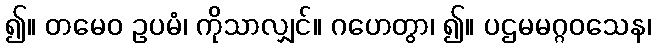
၍။ တမေဝ ဥပမံ၊ ကိုသာလျှင်။ ဂဟေတွာ၊ ၍။ ပဌမမဂ္ဂဝသေန၊